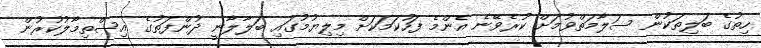
ހިތުގެ ބަލިތަކުން ސަލާމަތްވުމަށް ކުރެވޭނެ އެންމެ ފަހުކަމަކަށް މިލިޔުމުގައި ބަލާލާނީ ދުންފަތުގެ އިސްތިމާލުކުރުން